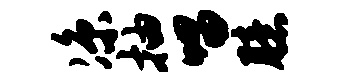
凉抽唱臆